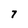
Character: 7